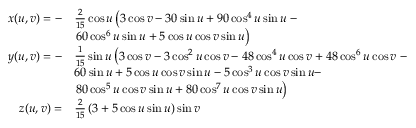
{ \begin{array} { r l } { x ( u , v ) = - } & { { \frac { 2 } { 1 5 } } \cos u \left( 3 \cos { v } - 3 0 \sin { u } + 9 0 \cos ^ { 4 } { u } \sin { u } \right. - } \\ & { \left. 6 0 \cos ^ { 6 } { u } \sin { u } + 5 \cos { u } \cos { v } \sin { u } \right) } \\ { y ( u , v ) = - } & { { \frac { 1 } { 1 5 } } \sin u \left( 3 \cos { v } - 3 \cos ^ { 2 } { u } \cos { v } - 4 8 \cos ^ { 4 } { u } \cos { v } + 4 8 \cos ^ { 6 } { u } \cos { v } \right. - } \\ & { 6 0 \sin { u } + 5 \cos { u } \cos { v } \sin { u } - 5 \cos ^ { 3 } { u } \cos { v } \sin { u } - } \\ & { \left. 8 0 \cos ^ { 5 } { u } \cos { v } \sin { u } + 8 0 \cos ^ { 7 } { u } \cos { v } \sin { u } \right) } \\ { z ( u , v ) = } & { { \frac { 2 } { 1 5 } } \left( 3 + 5 \cos { u } \sin { u } \right) \sin { v } } \end{array} }